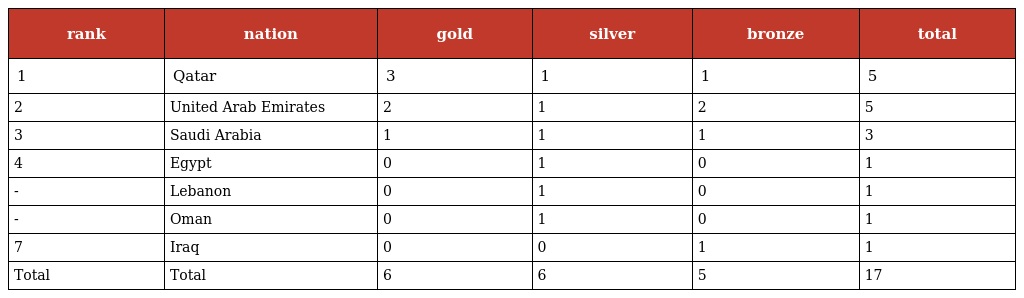
| rank | nation | gold | silver | bronze | total |
 | --- | --- | --- | --- | --- | --- |
 | 1 | Qatar | 3 | 1 | 1 | 5 |
 | 2 | United Arab Emirates | 2 | 1 | 2 | 5 |
 | 3 | Saudi Arabia | 1 | 1 | 1 | 3 |
 | 4 | Egypt | 0 | 1 | 0 | 1 |
 | - | Lebanon | 0 | 1 | 0 | 1 |
 | - | Oman | 0 | 1 | 0 | 1 |
 | 7 | Iraq | 0 | 0 | 1 | 1 |
 | Total | Total | 6 | 6 | 5 | 17 |